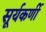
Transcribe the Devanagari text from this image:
सूर्यकर्णी